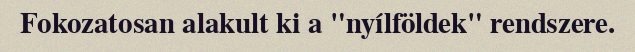
Fokozatosan alakult ki a "nyílföldek" rendszere.